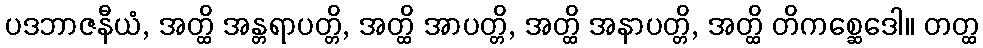
ပဒဘာဇနီယံ, အတ္ထိ အန္တရာပတ္တိ, အတ္ထိ အာပတ္တိ, အတ္ထိ အနာပတ္တိ, အတ္ထိ တိကစ္ဆေဒေါ။ တတ္ထ